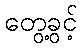
တွေ့ခွင့်